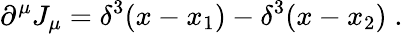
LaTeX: \partial^{\mu}J_{\mu}=\delta^{3}(x-x_{1})-\delta^{3}(x-x_{2})\; .